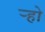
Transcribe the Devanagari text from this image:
र्‍हो